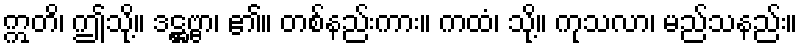
ဣတိ၊ ဤသို့။ ဒဋ္ဌဗ္ဗာ၊ ၏။ တစ်နည်းကား။ ကထံ၊ သို့။ ကုသလာ၊ မည်သနည်း။